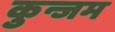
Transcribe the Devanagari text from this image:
कुन्जम